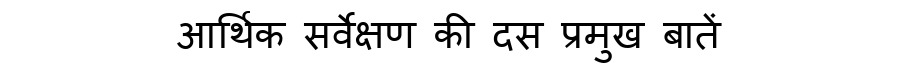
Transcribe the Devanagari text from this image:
आर्थिक सर्वेक्षण की दस प्रमुख बातें